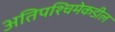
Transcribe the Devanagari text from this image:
अतिपश्चिमेकडील